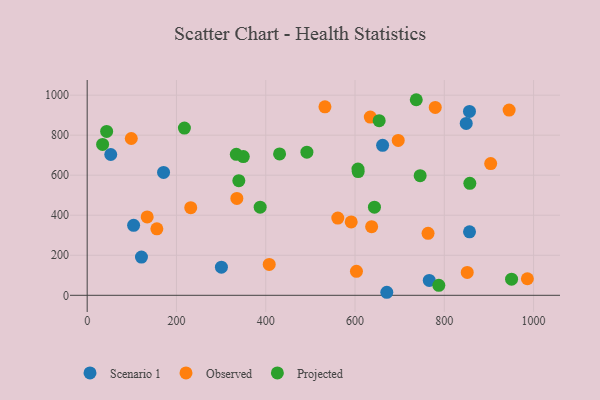
{"axis": {"x": "Investment", "y": "Profit"}, "legend": ["Observed", "Projected", "Scenario 1"], "data": [{"x": "52.8", "y": 703.6, "type": "Scenario 1"}, {"x": "104.0", "y": 349.8, "type": "Scenario 1"}, {"x": "766.3", "y": 74.4, "type": "Scenario 1"}, {"x": "856.5", "y": 317.3, "type": "Scenario 1"}, {"x": "671.2", "y": 15.1, "type": "Scenario 1"}, {"x": "121.6", "y": 190.9, "type": "Scenario 1"}, {"x": "171.1", "y": 614.0, "type": "Scenario 1"}, {"x": "661.8", "y": 749.5, "type": "Scenario 1"}, {"x": "300.7", "y": 140.3, "type": "Scenario 1"}, {"x": "849.1", "y": 858.9, "type": "Scenario 1"}, {"x": "856.4", "y": 918.7, "type": "Scenario 1"}, {"x": "903.9", "y": 658.1, "type": "Observed"}, {"x": "779.7", "y": 938.5, "type": "Observed"}, {"x": "532.6", "y": 941.7, "type": "Observed"}, {"x": "696.8", "y": 773.7, "type": "Observed"}, {"x": "851.4", "y": 114.2, "type": "Observed"}, {"x": "603.2", "y": 119.6, "type": "Observed"}, {"x": "98.8", "y": 783.5, "type": "Observed"}, {"x": "407.8", "y": 154.5, "type": "Observed"}, {"x": "637.2", "y": 343.1, "type": "Observed"}, {"x": "561.4", "y": 385.8, "type": "Observed"}, {"x": "986.1", "y": 82.6, "type": "Observed"}, {"x": "591.4", "y": 366.5, "type": "Observed"}, {"x": "156.1", "y": 332.0, "type": "Observed"}, {"x": "134.4", "y": 391.5, "type": "Observed"}, {"x": "232.0", "y": 437.9, "type": "Observed"}, {"x": "335.3", "y": 484.2, "type": "Observed"}, {"x": "763.6", "y": 309.8, "type": "Observed"}, {"x": "634.2", "y": 890.4, "type": "Observed"}, {"x": "945.2", "y": 925.6, "type": "Observed"}, {"x": "492.2", "y": 715.2, "type": "Projected"}, {"x": "339.7", "y": 572.6, "type": "Projected"}, {"x": "431.0", "y": 706.2, "type": "Projected"}, {"x": "787.7", "y": 50.0, "type": "Projected"}, {"x": "737.2", "y": 977.2, "type": "Projected"}, {"x": "606.6", "y": 630.5, "type": "Projected"}, {"x": "334.1", "y": 704.4, "type": "Projected"}, {"x": "34.6", "y": 753.7, "type": "Projected"}, {"x": "857.2", "y": 559.7, "type": "Projected"}, {"x": "745.9", "y": 597.8, "type": "Projected"}, {"x": "654.1", "y": 872.6, "type": "Projected"}, {"x": "607.1", "y": 618.1, "type": "Projected"}, {"x": "950.7", "y": 80.6, "type": "Projected"}, {"x": "387.5", "y": 440.2, "type": "Projected"}, {"x": "349.7", "y": 693.1, "type": "Projected"}, {"x": "643.5", "y": 440.5, "type": "Projected"}, {"x": "43.6", "y": 818.9, "type": "Projected"}, {"x": "217.8", "y": 835.7, "type": "Projected"}]}